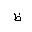
Letter: _za